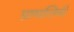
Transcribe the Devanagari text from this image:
प्राणालियाँ